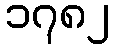
၁၇၈၂